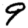
Digit: 9